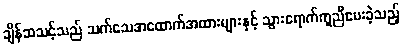
ချိန်ဆသင့်သည် သက်သေအထောက်အထားများနှင့် သွားရောက်ကူညီပေးခဲ့သည့်